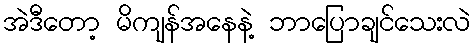
အဲဒီတော့ မိကျန်အနေနဲ့ ဘာပြောချင်သေးလဲ